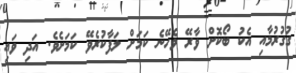
ގުގުރުމާއި އެކު ބޯކޮށް ވާރޭ ވެހޭނެ ކަމަށް ލަފާކުރެވޭ ކަމަށެވެ. އަދި ވައި